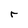
Character: r